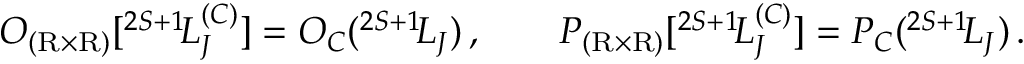
{ \cal O } _ { ( \mathrm { R } \times \mathrm { R } ) } [ { } ^ { 2 S + 1 } \! L _ { J } ^ { ( C ) } ] = { \cal O } _ { C } ( { } ^ { 2 S + 1 } \! L _ { J } ) \, , \qquad { \cal P } _ { ( \mathrm { R } \times \mathrm { R } ) } [ { } ^ { 2 S + 1 } \! L _ { J } ^ { ( C ) } ] = { \cal P } _ { C } ( { } ^ { 2 S + 1 } \! L _ { J } ) \, .